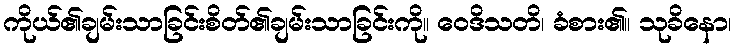
ကိုယ်၏ချမ်းသာခြင်းစိတ်၏ချမ်းသာခြင်းကို။ ဝေဒိသတိ၊ ခံစား၏။ သုခိနော၊